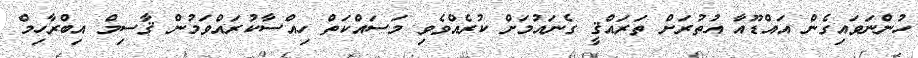
ހުންނަވައިގެން އައްޑޫއާ އުތުރަށް ތަރައްޤީ ގެނައުމަށް ކުރެއްވެވި މަސައްކަތް ހިއްސާކުރައްވަމުން ޤާސިމް އިބްރާހިމް